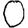
Digit: 0